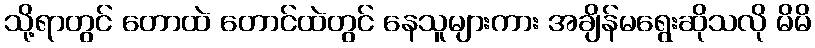
သို့ရာတွင် တောထဲ တောင်ထဲတွင် နေသူများကား အချိန်မရွေးဆိုသလို မိမိ